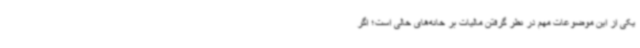
یکی از این موضوعات مهم در نظر گرفتن مالیات بر خانه‌های خالی است؛ اگر